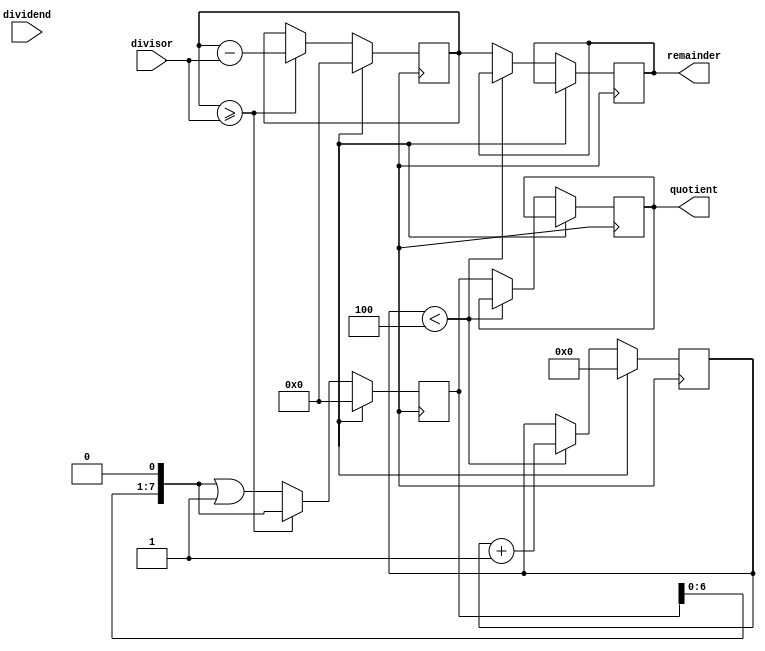
module binary_divider (
  input wire [7:0] dividend,
  input wire [7:0] divisor,
  output reg [7:0] quotient,
  output reg [7:0] remainder
);

reg [7:0] current_remainder;
reg [7:0] current_quotient;
reg [3:0] shift_count;

always @ (posedge clk) begin
  if (reset) begin
    current_remainder <= 8'b0;
    current_quotient <= 8'b0;
    shift_count <= 4'b0;
  end else begin
    if (current_remainder >= divisor) begin
      current_remainder <= current_remainder - divisor;
      current_quotient <= current_quotient << 1;
    end else begin
      current_quotient <= current_quotient << 1 | 1'b1;
    end
    
    if (shift_count < 4) begin
      shift_count <= shift_count + 1;
    end else begin
      remainder <= current_remainder;
      quotient <= current_quotient;
    end
  end
end

endmodule